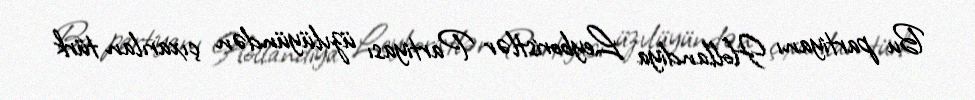
Bu partiyanı Hollandiya Leyboristlər Partiyası üzvlüyündən çıxarılan türk